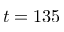
t = 1 3 5